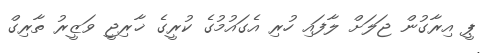
ޕީ އިރާގުން ޖަލަށް ލާފައި ހުރި އެގައުމުގެ ކުރީގެ ޚާރިޖީ ވަޒީރު ތާރިގް